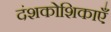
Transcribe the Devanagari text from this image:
दंशकोशिकाएँ